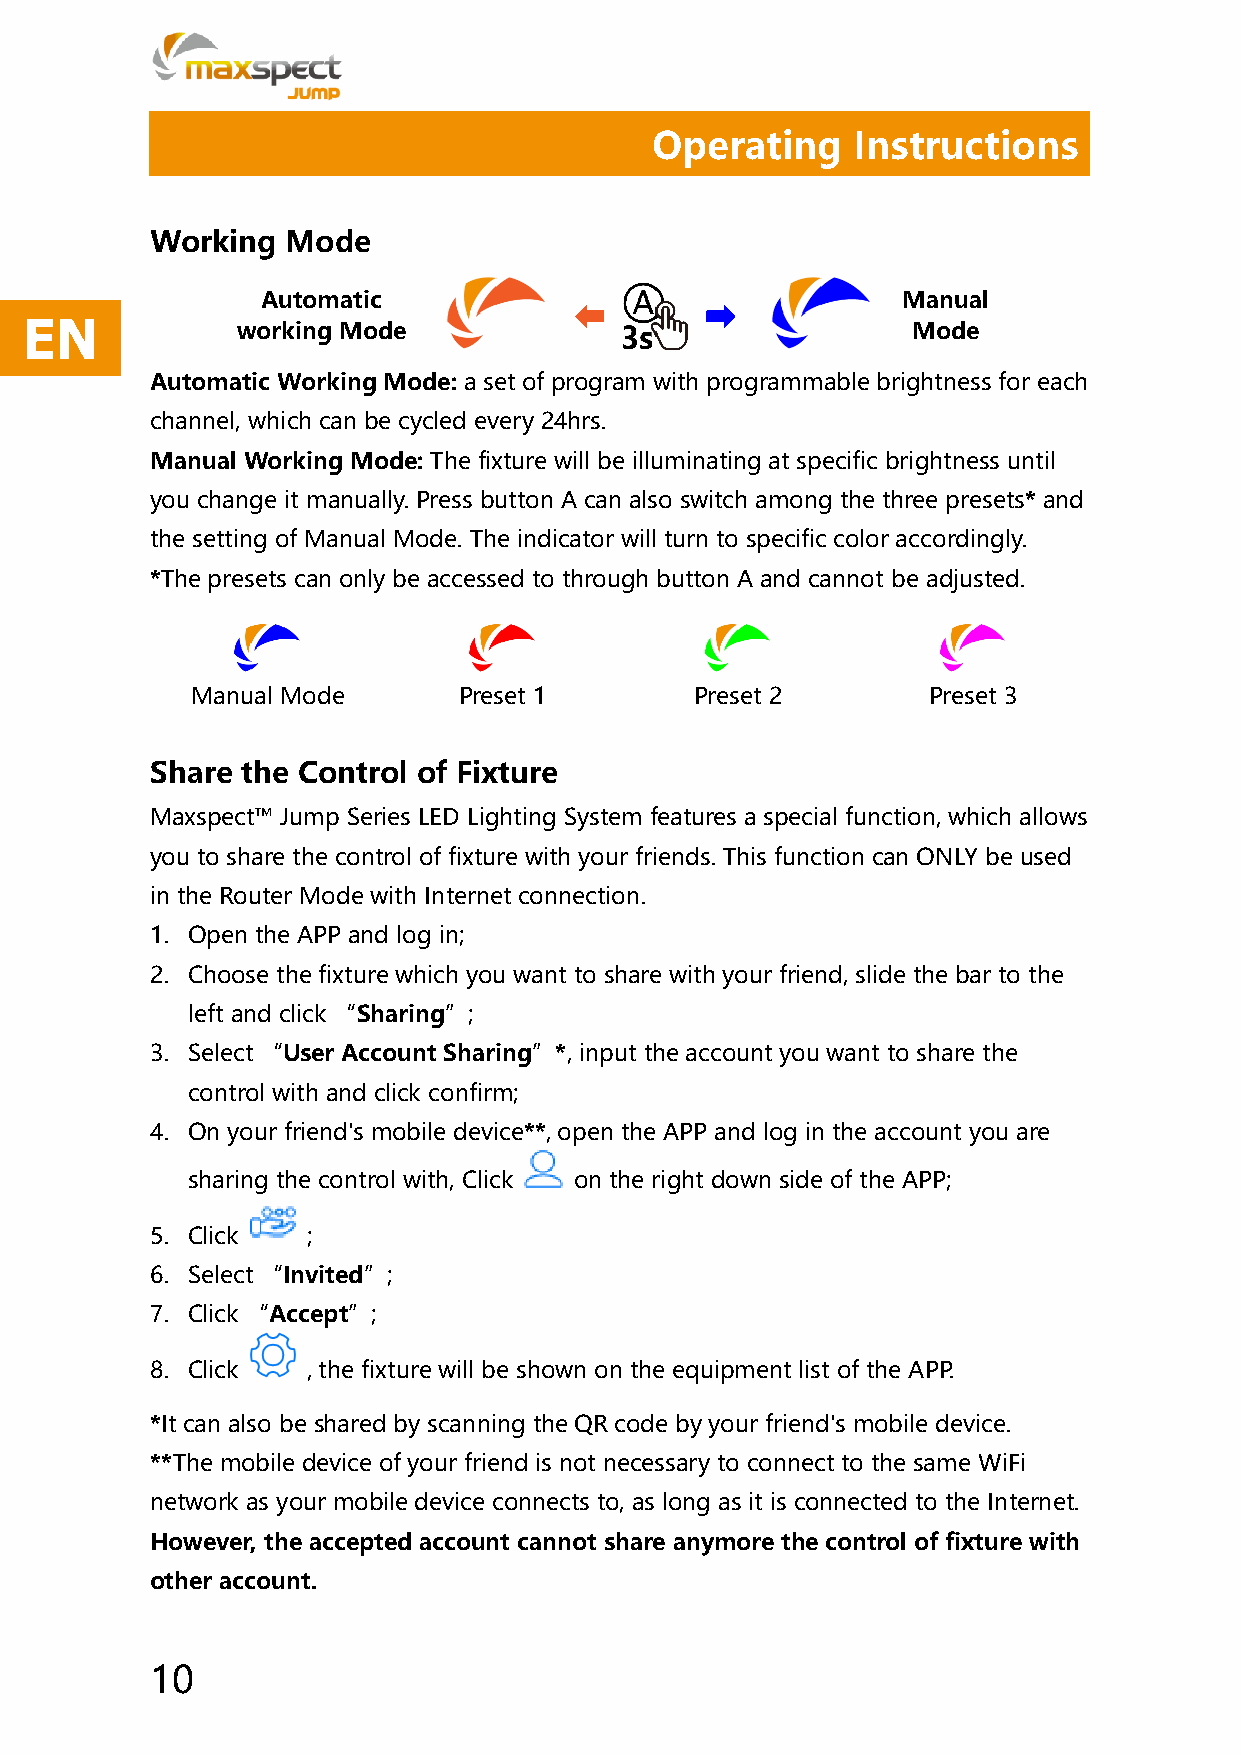
Operating     Instructions
 Working  Mode
 Automatic                                  Manual
 EN
 working Mode                                Mode
 Automatic Working Mode: a set of program with programmable brightness for each
 channel, which can be cycled every 24hrs.
 Manual Working Mode: The fixture will be illuminating at specific brightness until
 you change it manually. Press button A can also switch among the three presets* and
 the setting of Manual Mode. The indicator will turn to specific color accordingly.
 *The presets can only be accessed to through button A and cannot be adjusted.
 Manual Mode      Preset 1        Preset 2       Preset 3
 Share the Control of Fixture
 Maxspect™ Jump Series LED Lighting System features a special function, which allows
 you to share the control of fixture with your friends. This function can ONLY be used
 in the Router Mode with Internet connection.
 1. Open the APP and log in;
 2. Choose the fixture which you want to share with your friend, slide the bar to the
 left and click “Sharing”;
 3. Select “User Account Sharing”*, input the account you want to share the
 control with and click confirm;
 4. On your friend's mobile device**, open the APP and log in the account you are
 sharing the control with, Click on the right down side of the APP;
 5. Click  ;
 6. Select “Invited”;
 7. Click “Accept”;
 8. Click  , the fixture will be shown on the equipment list of the APP.
 *It can also be shared by scanning the QR code by your friend's mobile device.
 **The mobile device of your friend is not necessary to connect to the same WiFi
 network as your mobile device connects to, as long as it is connected to the Internet.
 However, the accepted account cannot share anymore the control of fixture with
 other account.
 10